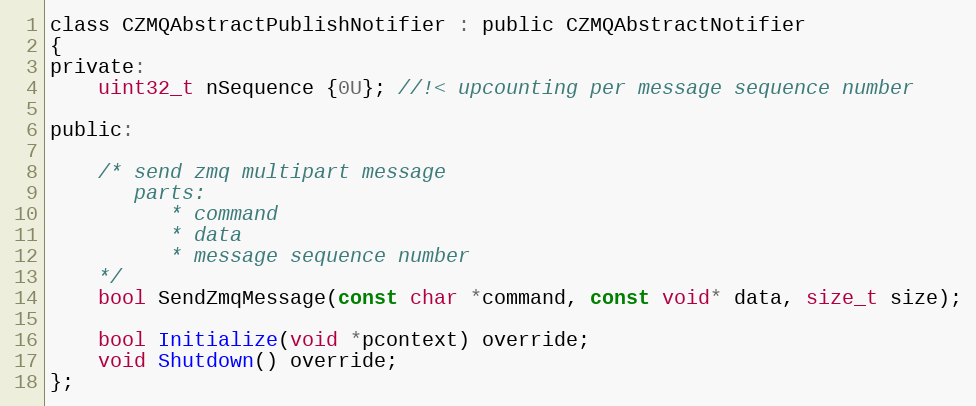
Language: C
class CZMQAbstractPublishNotifier : public CZMQAbstractNotifier
{
private:
    uint32_t nSequence {0U}; //!< upcounting per message sequence number

public:

    /* send zmq multipart message
       parts:
          * command
          * data
          * message sequence number
    */
    bool SendZmqMessage(const char *command, const void* data, size_t size);

    bool Initialize(void *pcontext) override;
    void Shutdown() override;
};